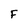
Character: F